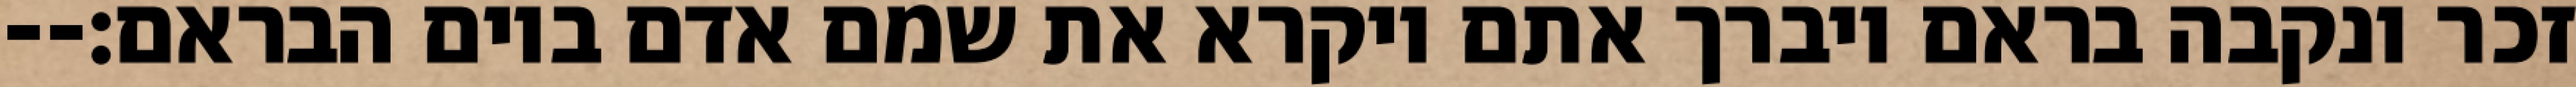
זכר ונקבה בראם ויברך אתם ויקרא את שמם אדם ביום הבראם׃--